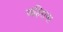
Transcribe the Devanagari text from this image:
अहिराना